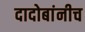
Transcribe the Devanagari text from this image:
दादोबांनीच